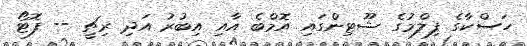
ހަސްކާގެ ފިލްމުގެ ޝޫޓިންގައި އޮމްބެ އާއި އިބުރު އަދި ރިޗީ -- ފޮޓޯ